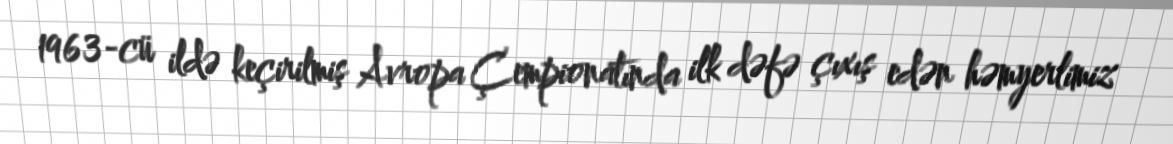
1963-cü ildə keçirilmiş Avropa Çempionatında ilk dəfə çıxış edən həmyerlimiz